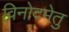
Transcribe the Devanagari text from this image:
विनोदमेतु